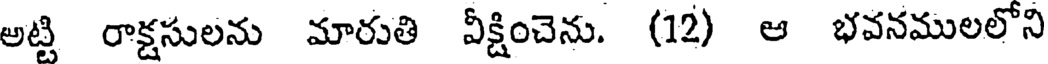
అట్టి రాక్షసులను మారుతి వీక్షించెను. (12) ఆ భవనములలోని